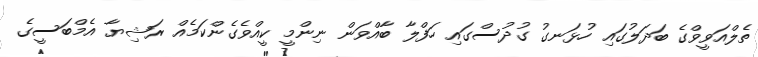
ތެލްއަވީވްގެ ބަދަލުގައި ހުޅަނގު ގުދުސްގައި ހަފްލާ ބާއްވަން ނިންމީ ކީއްވެގެންކަމެއް ރަޝިޔާ އެމްބަސީގެ